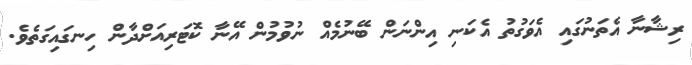
ރިޝާނާ އެތަނުގައި އެވަގުތު އެކަނި އިންނަން ބޭނުމެއް ނުވުމުން އޭނާ ކޮޓަރިއަށްދާން ހިނގައިގަތެވެ.